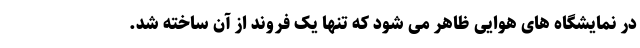
در نمایشگاه های هوایی ظاهر می شود که تنها یک فروند از آن ساخته شد.